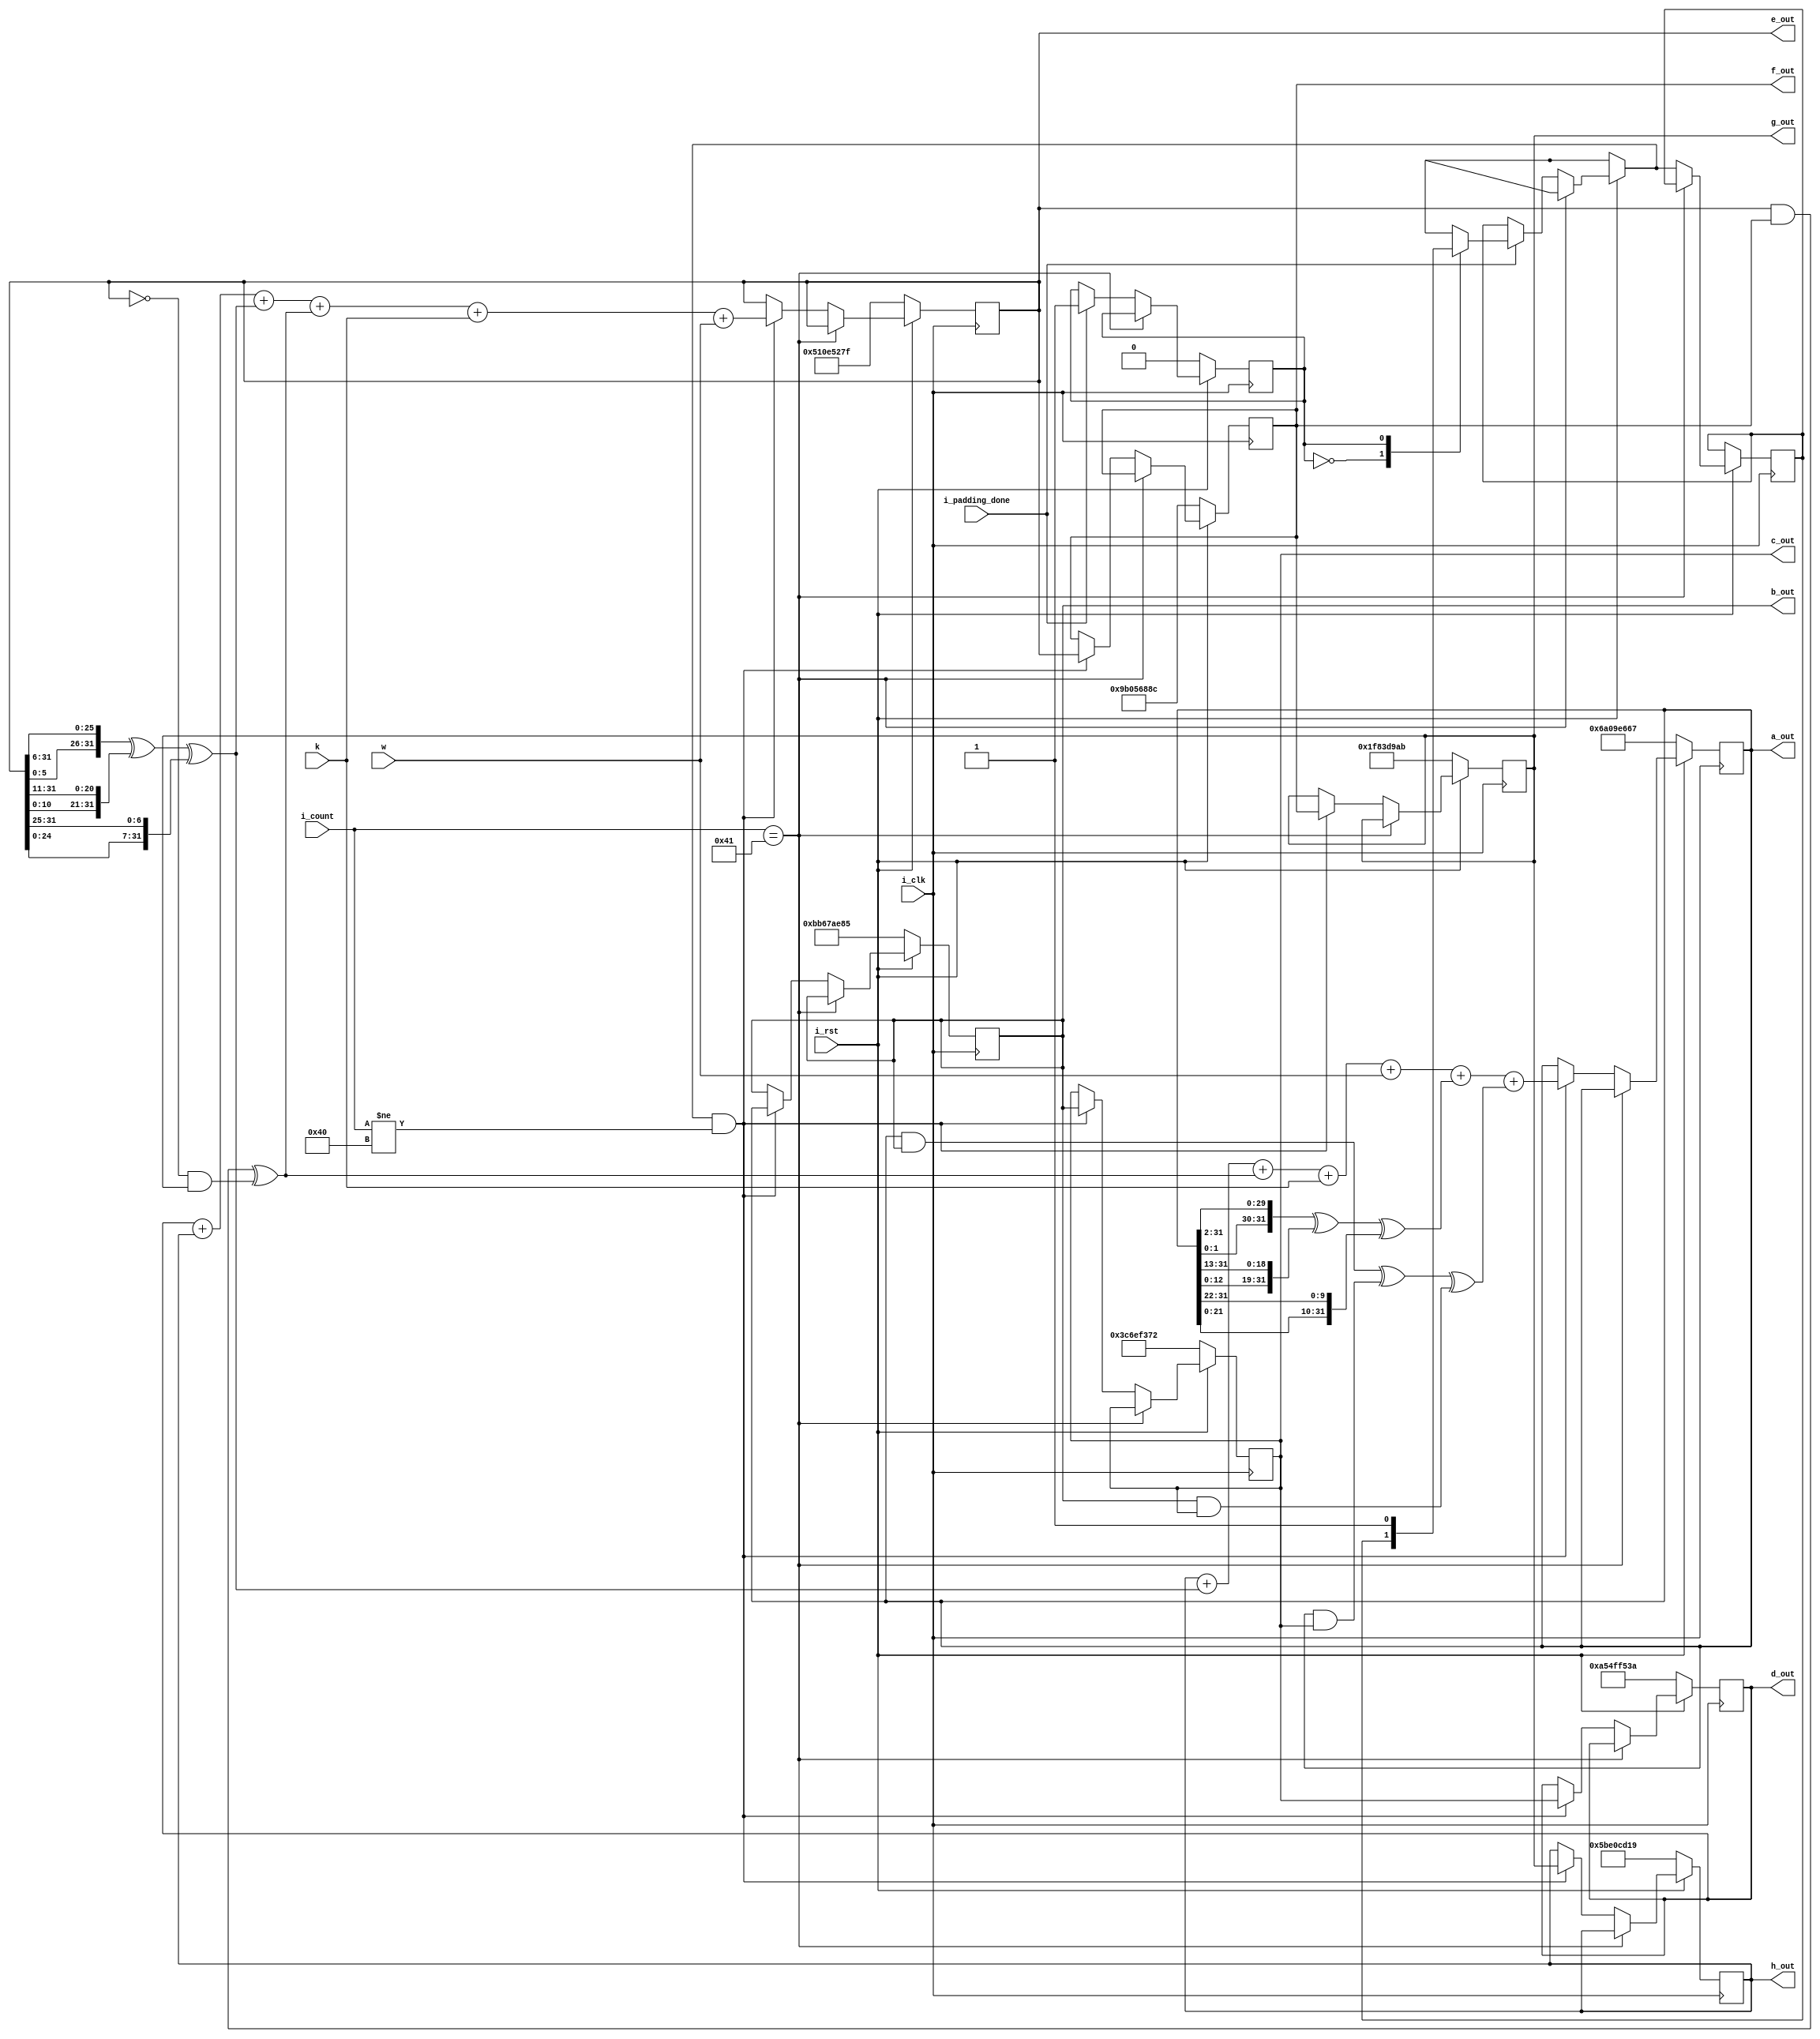
module m_processing(i_clk,i_rst,w,k,i_count,i_padding_done,a_out,b_out,c_out,d_out,e_out,f_out,g_out,h_out);
	 
 input i_clk,i_rst,i_padding_done;
 input [6:0] i_count;
 input [31:0] w,k;
 
 output reg [31:0] a_out,b_out,c_out,d_out,e_out,f_out,g_out,h_out;
 
 reg temp_case,temp_if;
 reg [31:0] r_a,r_b,r_c,r_d,r_e,r_f,r_g,r_h;
 reg [31:0] r_semation_0,r_semation_1,r_ch,r_maj;
 
 always@(posedge i_clk)
 begin
 if(i_rst==0)
 begin
		temp_case=1'b0;
		a_out=32'h6a09e667;
		b_out=32'hbb67ae85;
		c_out=32'h3c6ef372;
		d_out=32'ha54ff53a;
		e_out=32'h510e527f;
		f_out=32'h9b05688c;
		g_out=32'h1f83d9ab;
		h_out=32'h5be0cd19;
 end
 else
 begin
		
		r_semation_0=({a_out[1:0],a_out[31:2]}) ^ ({a_out[12:0],a_out[31:13]}) ^ ({a_out[21:0],a_out[31:22]}); //last 22 ROTR22
		r_semation_1=({e_out[5:0],e_out[31:6]}) ^ ({e_out[10:0],e_out[31:11]}) ^ ({e_out[24:0],e_out[31:25]});
 
		r_maj=(a_out & b_out) ^ (a_out & c_out) ^ (b_out & c_out);
		r_ch=(e_out & f_out) ^ (~e_out & g_out);
		if(i_count==65)
		begin
		a_out=a_out;
		b_out=b_out;
		c_out=c_out;
		d_out=d_out;
		e_out=e_out;
		f_out=f_out;
		g_out=g_out;
		h_out=h_out;
		end
		else
		begin
		
		if(i_padding_done==1)
		begin
		case(temp_case)
		1'b0: temp_case=1'b1;
		1'b1: temp_if=1'b1;
		endcase
		end
		
		if(temp_if==1 && i_count!=64)
		begin
		r_a= h_out + r_semation_1 + r_ch + k + w + r_semation_0 + r_maj; 	// T2= r_semation_0 + r_maj(a,b,c);
		r_b= a_out;
		r_c= b_out;
		r_d= c_out;
		r_e= d_out + h_out + r_semation_1 + r_ch + k + w;		//T1 = h_out + r_semation_1 + r_ch + k + w;
		r_f= e_out;
		r_g= f_out;
		r_h= g_out;

		a_out=r_a;
		b_out=r_b;
		c_out=r_c;
		d_out=r_d; //alternative of non-blocking though
		e_out=r_e;
		f_out=r_f;
		g_out=r_g;
		h_out=r_h;
		
		end
		end
 end
 
 end


endmodule